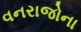
વનરાજોના